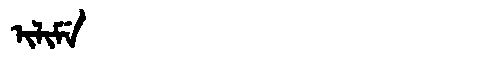
Manchu: ᡳᠯᡳᠮᡝ
Romanization: ILIME